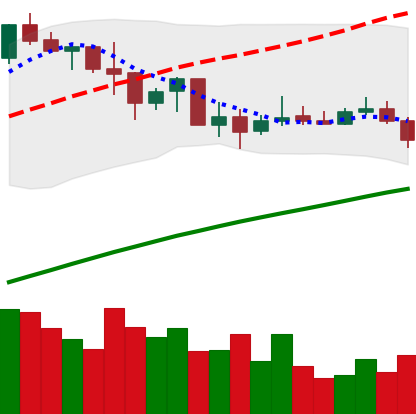
Ticker: BNB-USD
Chart end date: 2019-07-10
Forward return: -9.797%
Label: down_7plus